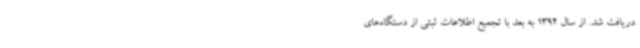
دریافت شد. از سال 1392 به بعد با تجمیع اطلاعات ثبتی از دستگاه‌های